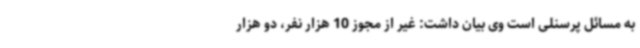
به مسائل پرسنلی است وی بیان داشت: غیر از مجوز 10 هزار نفر، دو هزار